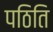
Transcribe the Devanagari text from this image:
पठिति